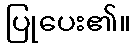
ပြုပေး၏။